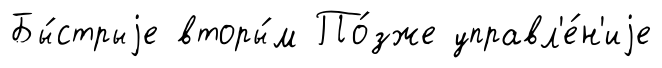
Бы́стрыjе вторы́м По́зже управл'е́н'иjе